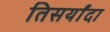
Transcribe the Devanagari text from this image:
तिसर्यांदा